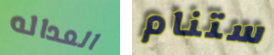
العداله ستنام